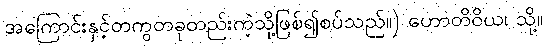
အကြောင်းနှင့်တကွတခုတည်းကဲ့သို့ဖြစ်၍စပ်သည်။) ဟောတိဝိယ၊ သို့။